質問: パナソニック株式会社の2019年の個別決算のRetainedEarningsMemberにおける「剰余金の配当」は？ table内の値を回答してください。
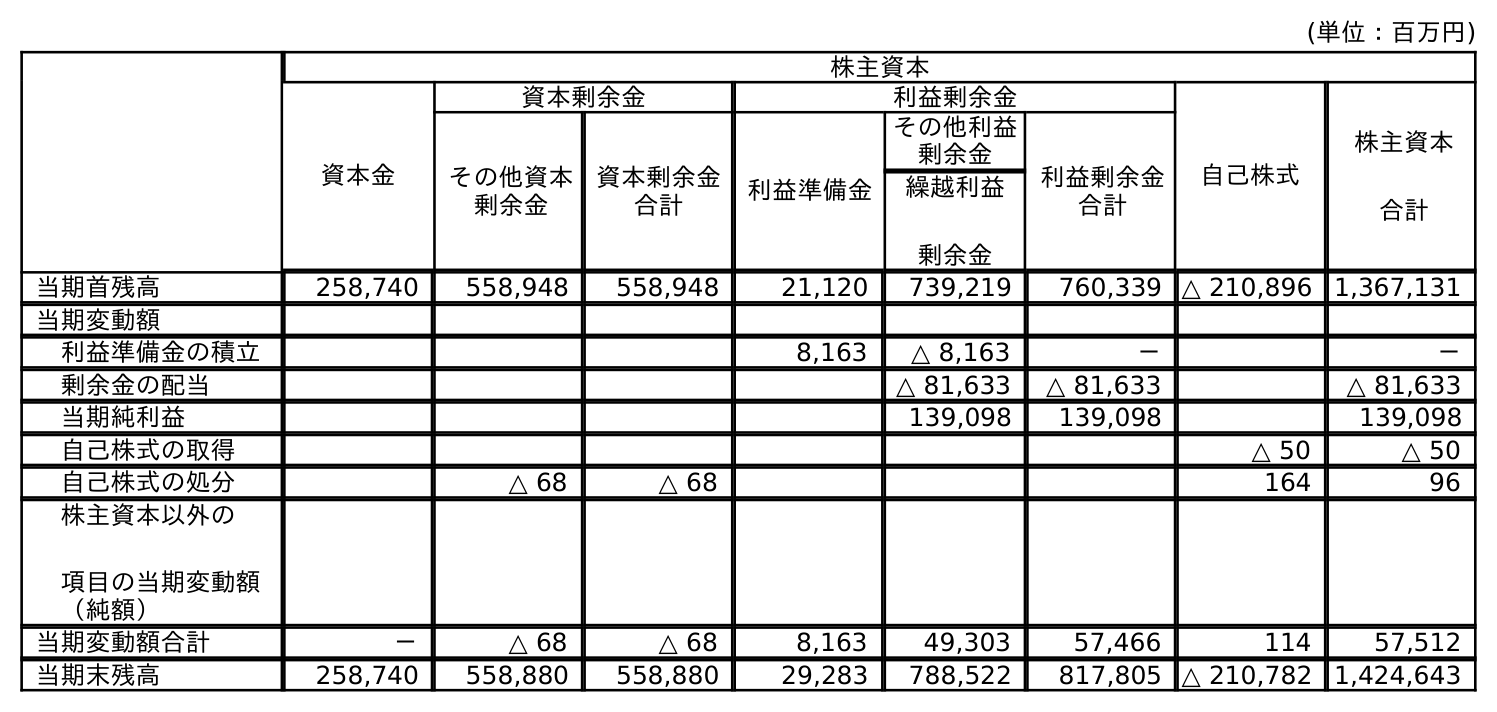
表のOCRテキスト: (単位：百万円) 株主資本 資本金 資本剰余金 利益剰余金 自己株式 株主資本 合計 その他資本 剰余金 資本剰余金 合計 利益準備金 その他利益 剰余金 利益剰余金 合計 繰越利益 剰余金 当期首残高 258,740 558,948 558,948 21,120 739,219 760,339 △ 210,896 1,367,131 当期変動額 利益準備金の積立 8,163 △ 8,163 － － 剰余金の配当 △ 81,633 △ 81,633 △ 81,633 当期純利益 139,098 139,098 139,098 自己株式の取得 △ 50 △ 50 自己株式の処分 △ 68 △ 68 164 96 株主資本以外の 項目の当期変動額 （純額） 当期変動額合計 － △ 68 △ 68 8,163 49,303 57,466 114 57,512 当期末残高 258,740 558,880 558,880 29,283 788,522 817,805 △ 210,782 1,424,643
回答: △81,633